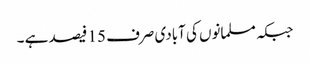
جبکہ مسلمانوں کی آبادی صرف 15 فیصد ہے ۔